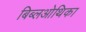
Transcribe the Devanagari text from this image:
बिब्लओथिका